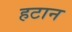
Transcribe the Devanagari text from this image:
हटान